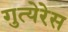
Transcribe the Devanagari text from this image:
गुत्येरेस